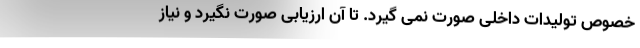
خصوص تولیدات داخلی صورت نمی گیرد. تا آن ارزیابی صورت نگیرد و نیاز